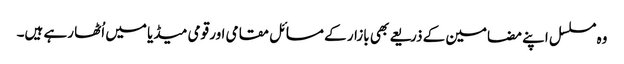
وہ مسلسل اپنے مضامین کے ذریعے بھی بازار کے مسائل مقامی اور قومی میڈیا میں اُٹھا رہے ہیں۔